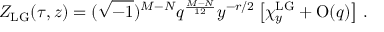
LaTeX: Z _ { \mathrm { L G } } ( \tau , z ) = ( \sqrt { - 1 } ) ^ { M - N } q ^ { \frac { M - N } { 1 2 } } y ^ { - r / 2 } \left[ \chi _ { y } ^ { \mathrm { L G } } + \mathrm { O } ( q ) \right] \, .